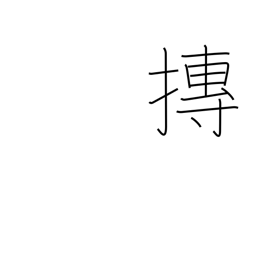
Meaning: roll into a ball